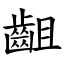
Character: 齟